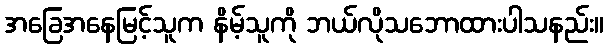
အခြေအနေမြင့်သူက နိမ့်သူကို ဘယ်လိုသဘောထားပါသနည်း။